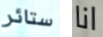
ستائر انا